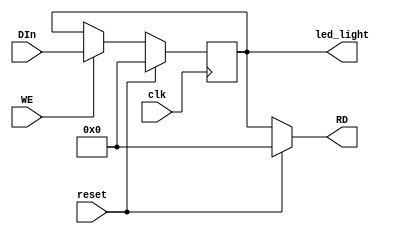
module driver_lights(
    input [31:0] DIn,
    input WE,
    output [31:0] RD,
    input clk,
    input reset,
    output reg [31:0] led_light
    );
	 
	assign RD = (reset) ? 0:
					led_light;
	
	always@(posedge clk) begin
		if (reset)
			led_light <= 0;
		else if (WE)
			led_light <= DIn;
	end

endmodule